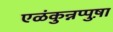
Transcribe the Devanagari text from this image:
एळंकुन्नप्पुष़ा